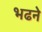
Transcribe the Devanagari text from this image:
भढने